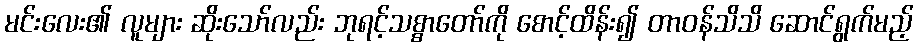
မင်းလေး၏ လူများ ဆိုးသော်လည်း ဘုရင့်သစ္စာတော်ကို စောင့်ထိန်း၍ တာဝန်သိသိ ဆောင်ရွက်မည့်